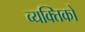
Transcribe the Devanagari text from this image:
व्यक्तिको